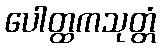
ပေါတ္ထကသုတ္တံ